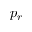
p _ { r }